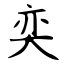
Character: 奕